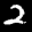
Label: 2